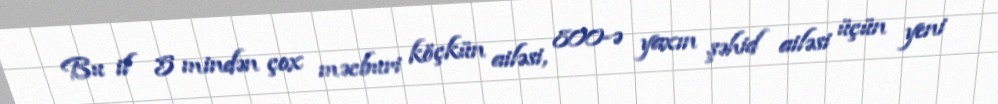
Bu il 5 mindən çox məcburi köçkün ailəsi, 800-ə yaxın şəhid ailəsi üçün yeni